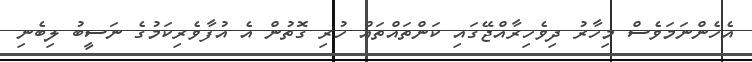
އެހެންނަމަވެސް މިހާރު ދިވެހިރާއްޖޭގައި ކަންތައްތައް ހުރި ގޮތުން އެ އުފާވެރިކަމުގެ ނަސީބު ލިބެނި